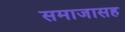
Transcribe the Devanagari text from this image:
समाजासह